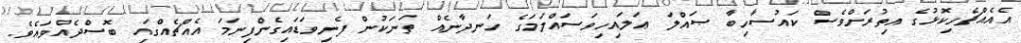
އެއެއްޗެހިކޮޅުގެ އިތުރަށްވެސް ކައުސާހިބާ ޞައްލަ ޢަލައިހިވަސައްލަމަގެ ހަނދާނެއް ތަނަކުން ފެނިވަޑައިގެންފިނަމަ އެއްޗެއްގައި ބޮސްދެއްވައެވެ.